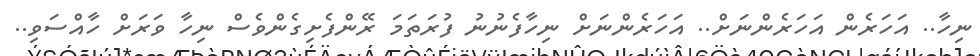
ނިހާ.. އަހަރެން އަހަރެންނަށް.. އަހަރެންނަށް ނިހާފެނުނު ފުރަތަމަ ރޭންފެށިގެންވެސް ނިހާ ވަރަށް ހާއްސަވި..